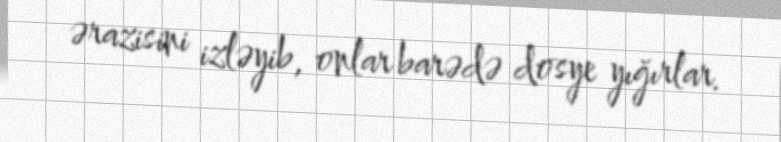
ərazisini izləyib, onlar barədə dosye yığırlar.